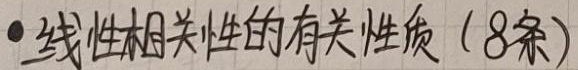
$\bullet$ 线性相关性的有关性质（8条）